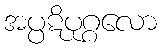
အပ္ပဋိပုဂ္ဂလော